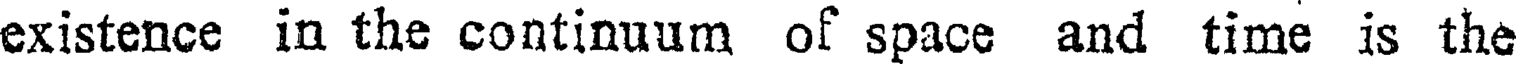
existence in the continuum of space and time is the